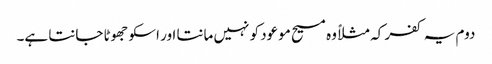
دوم یہ کفر کہ مثلاً وہ مسیح موعود کو نہیں مانتا اور اسکو جھوٹا جانتا ہے۔